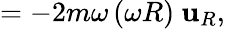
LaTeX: =-2m\omega\left(\omega R\right)\ \mathbf{u}_{R},